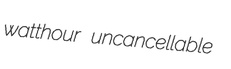
watthour uncancellable